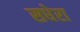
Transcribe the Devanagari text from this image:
सधेरा